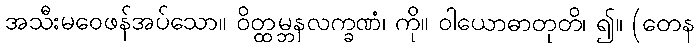
အသီးမဝေဖန်အပ်သော။ ဝိတ္ထမ္ဘနလက္ခဏံ၊ ကို။ ဝါယောဓာတုတိ၊ ၍။ (တေန